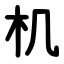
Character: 机